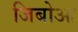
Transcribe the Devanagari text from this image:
जिबोआ